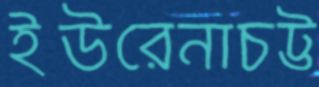
ইউরেনাচট্ট